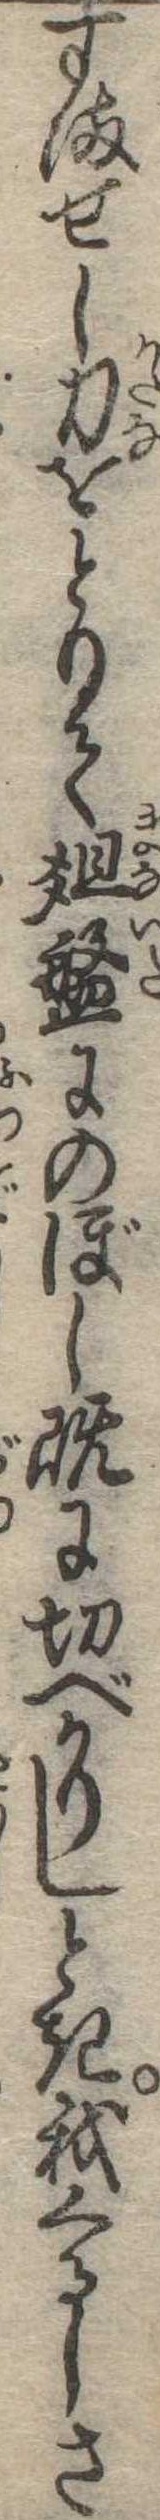
すませし刀をとりて俎盤にのぼし既に切べかりしとき我くるしさ